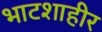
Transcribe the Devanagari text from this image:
भाटशाहीर